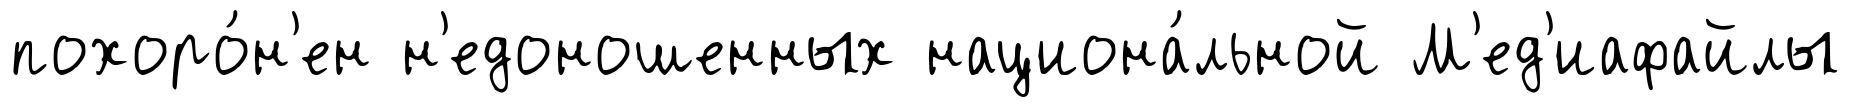
похоро́н'ен н'едоношенных национа́льной М'ед'иафайлы